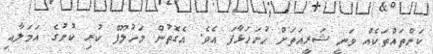
ކަންތައްތަކެއް ވަނީ ޝަރީއަތަށް ހުށަހަޅާފަ އެވެ. އެގޮތުން މަހުލޫފް ކުރި ކުށުގެ އަމަލާއި